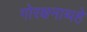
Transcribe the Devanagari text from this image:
गोरक्षनाथहे